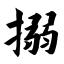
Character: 搦